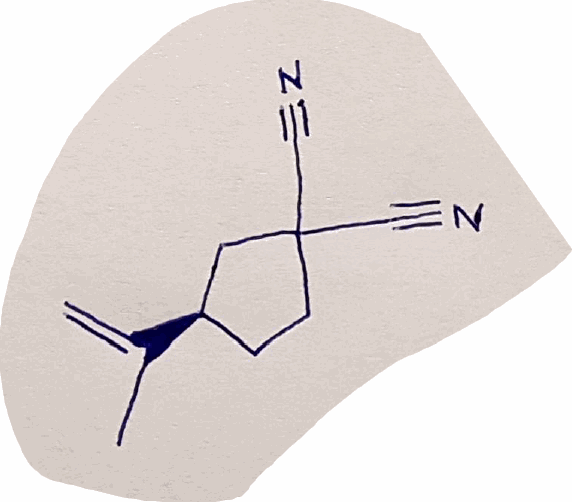
Simplified molecular-input line-entry system (SMILES) notation of the given molecule:
CC(=C)[C@@H]1CCC(C1)(C#N)C#N